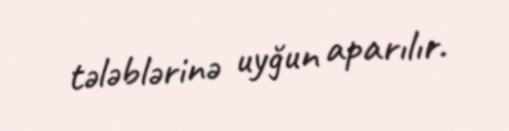
tələblərinə uyğun aparılır.